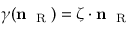
\gamma ( { \bf n } _ { \mathrm { ~ \tiny ~ R ~ } } ) = \boldsymbol { \zeta } \cdot { \bf n } _ { \mathrm { ~ \tiny ~ R ~ } }